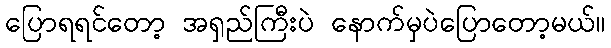
ပြောရရင်တော့ အရှည်ကြီးပဲ နောက်မှပဲပြောတော့မယ်။